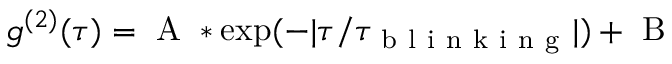
g ^ { ( 2 ) } ( \tau ) = \mathrm { ~ A ~ } * \exp ( - | \tau / \tau _ { \mathrm { ~ b ~ l ~ i ~ n ~ k ~ i ~ n ~ g ~ } } | ) + \mathrm { ~ B ~ }